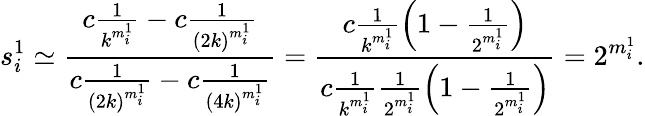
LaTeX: s_{i}^{1}\simeq\frac{c\frac{1}{k^{m_{i}^{1}}}-c\frac{1}{\left(2k\right)^{m_{i}^{1}}}}{c\frac{1}{\left(2k\right)^{m_{i}^{1}}}-c\frac{1}{\left(4k\right)^{m_{i}^{1}}}}=\frac{c\frac{1}{k^{m_{i}^{1}}}\left(1-\frac{1}{2^{m_{i}^{1}}}\right)}{c\frac{1}{k^{m_{i}^{1}}}\frac{1}{2^{m_{i}^{1}}}\left(1-\frac{1}{2^{m_{i}^{1}}}\right)}=2^{m_{i}^{1}}.